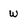
Character: w